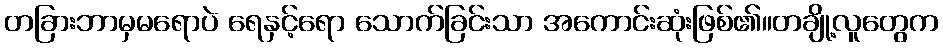
တခြားဘာမှမရောပဲ ရေနှင့်ရော သောက်ခြင်းသာ အကောင်းဆုံးဖြစ်၏။တချို့လူတွေက